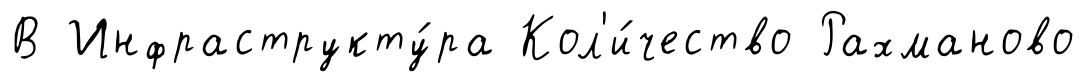
В Инфраструкту́ра Кол'и́чество Рахманово